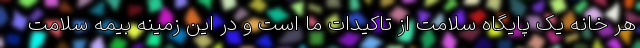
هر خانه یک پایگاه سلامت از تاکیدات ما است و در این زمینه بیمه سلامت